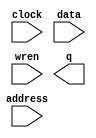
module RAM_mem (
	address,
	clock,
	data,
	wren,
	q);

	input	[7:0]  address;
	input	  clock;
	input	[31:0]  data;
	input	  wren;
	output	[31:0]  q;
`ifndef ALTERA_RESERVED_QIS
// synopsys translate_off
`endif
	tri1	  clock;
`ifndef ALTERA_RESERVED_QIS
// synopsys translate_on
`endif

endmodule